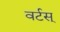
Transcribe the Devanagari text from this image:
वर्टस्